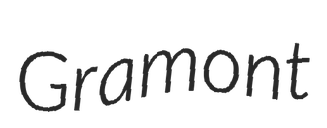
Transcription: Gramont